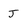
Character: J